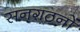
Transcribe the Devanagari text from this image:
सनगठनों